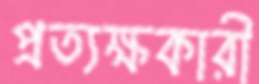
প্রত্যক্ষকারী